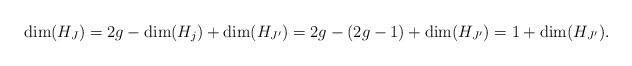
LaTeX: \begin{align*}\mathrm{dim}(H_{J})=2g-\mathrm{dim}(H_{j})+\mathrm{dim}(H_{J'})=2g-(2g-1)+\mathrm{dim}(H_{J'})=1+\mathrm{dim}(H_{J'}).\end{align*}